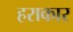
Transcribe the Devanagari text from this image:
हराकार